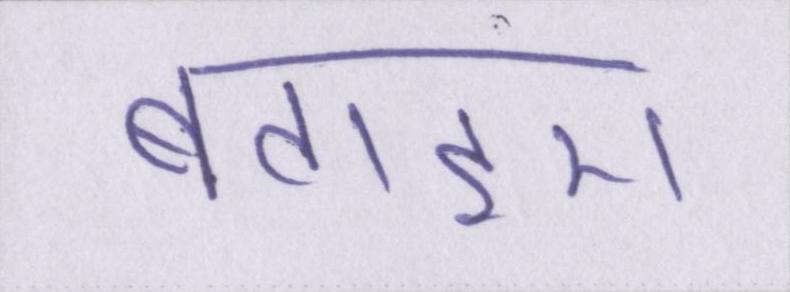
बताइए